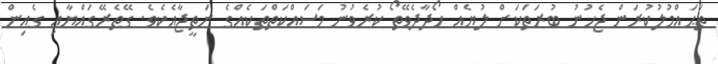
ތަޙައްމުލުކުރަން ޖެހުނު ބުރަތަކަށް ލުޔެއް ހޯދާދެވޭތޯ ކުރެވުނު މަސައްކަތްތަކެއްގެ ނަތީޖާއެކެވެ. ގޭތެރޭގައްޔާއި ގެއިން